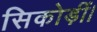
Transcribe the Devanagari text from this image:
सिकोड़ीं।